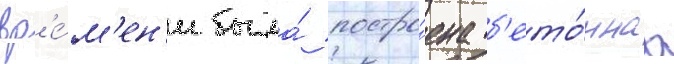
вр'е́м'ен'и была́ постро́ена б'ето́ннаа